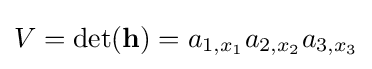
V=\det(\mathbf {h} )=a_{1,x_{1}}a_{2,x_{2}}a_{3,x_{3}}